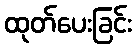
ထုတ်ပေးခြင်း